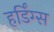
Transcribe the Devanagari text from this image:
हर्डिंग्स